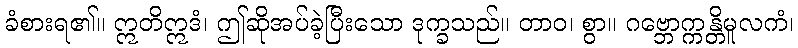
ခံစားရ၏။ ဣတိဣဒံ၊ ဤဆိုအပ်ခဲ့ပြီးသော ဒုက္ခသည်။ တာဝ၊ စွာ။ ဂဗ္ဘောက္ကန္တိမူလကံ၊